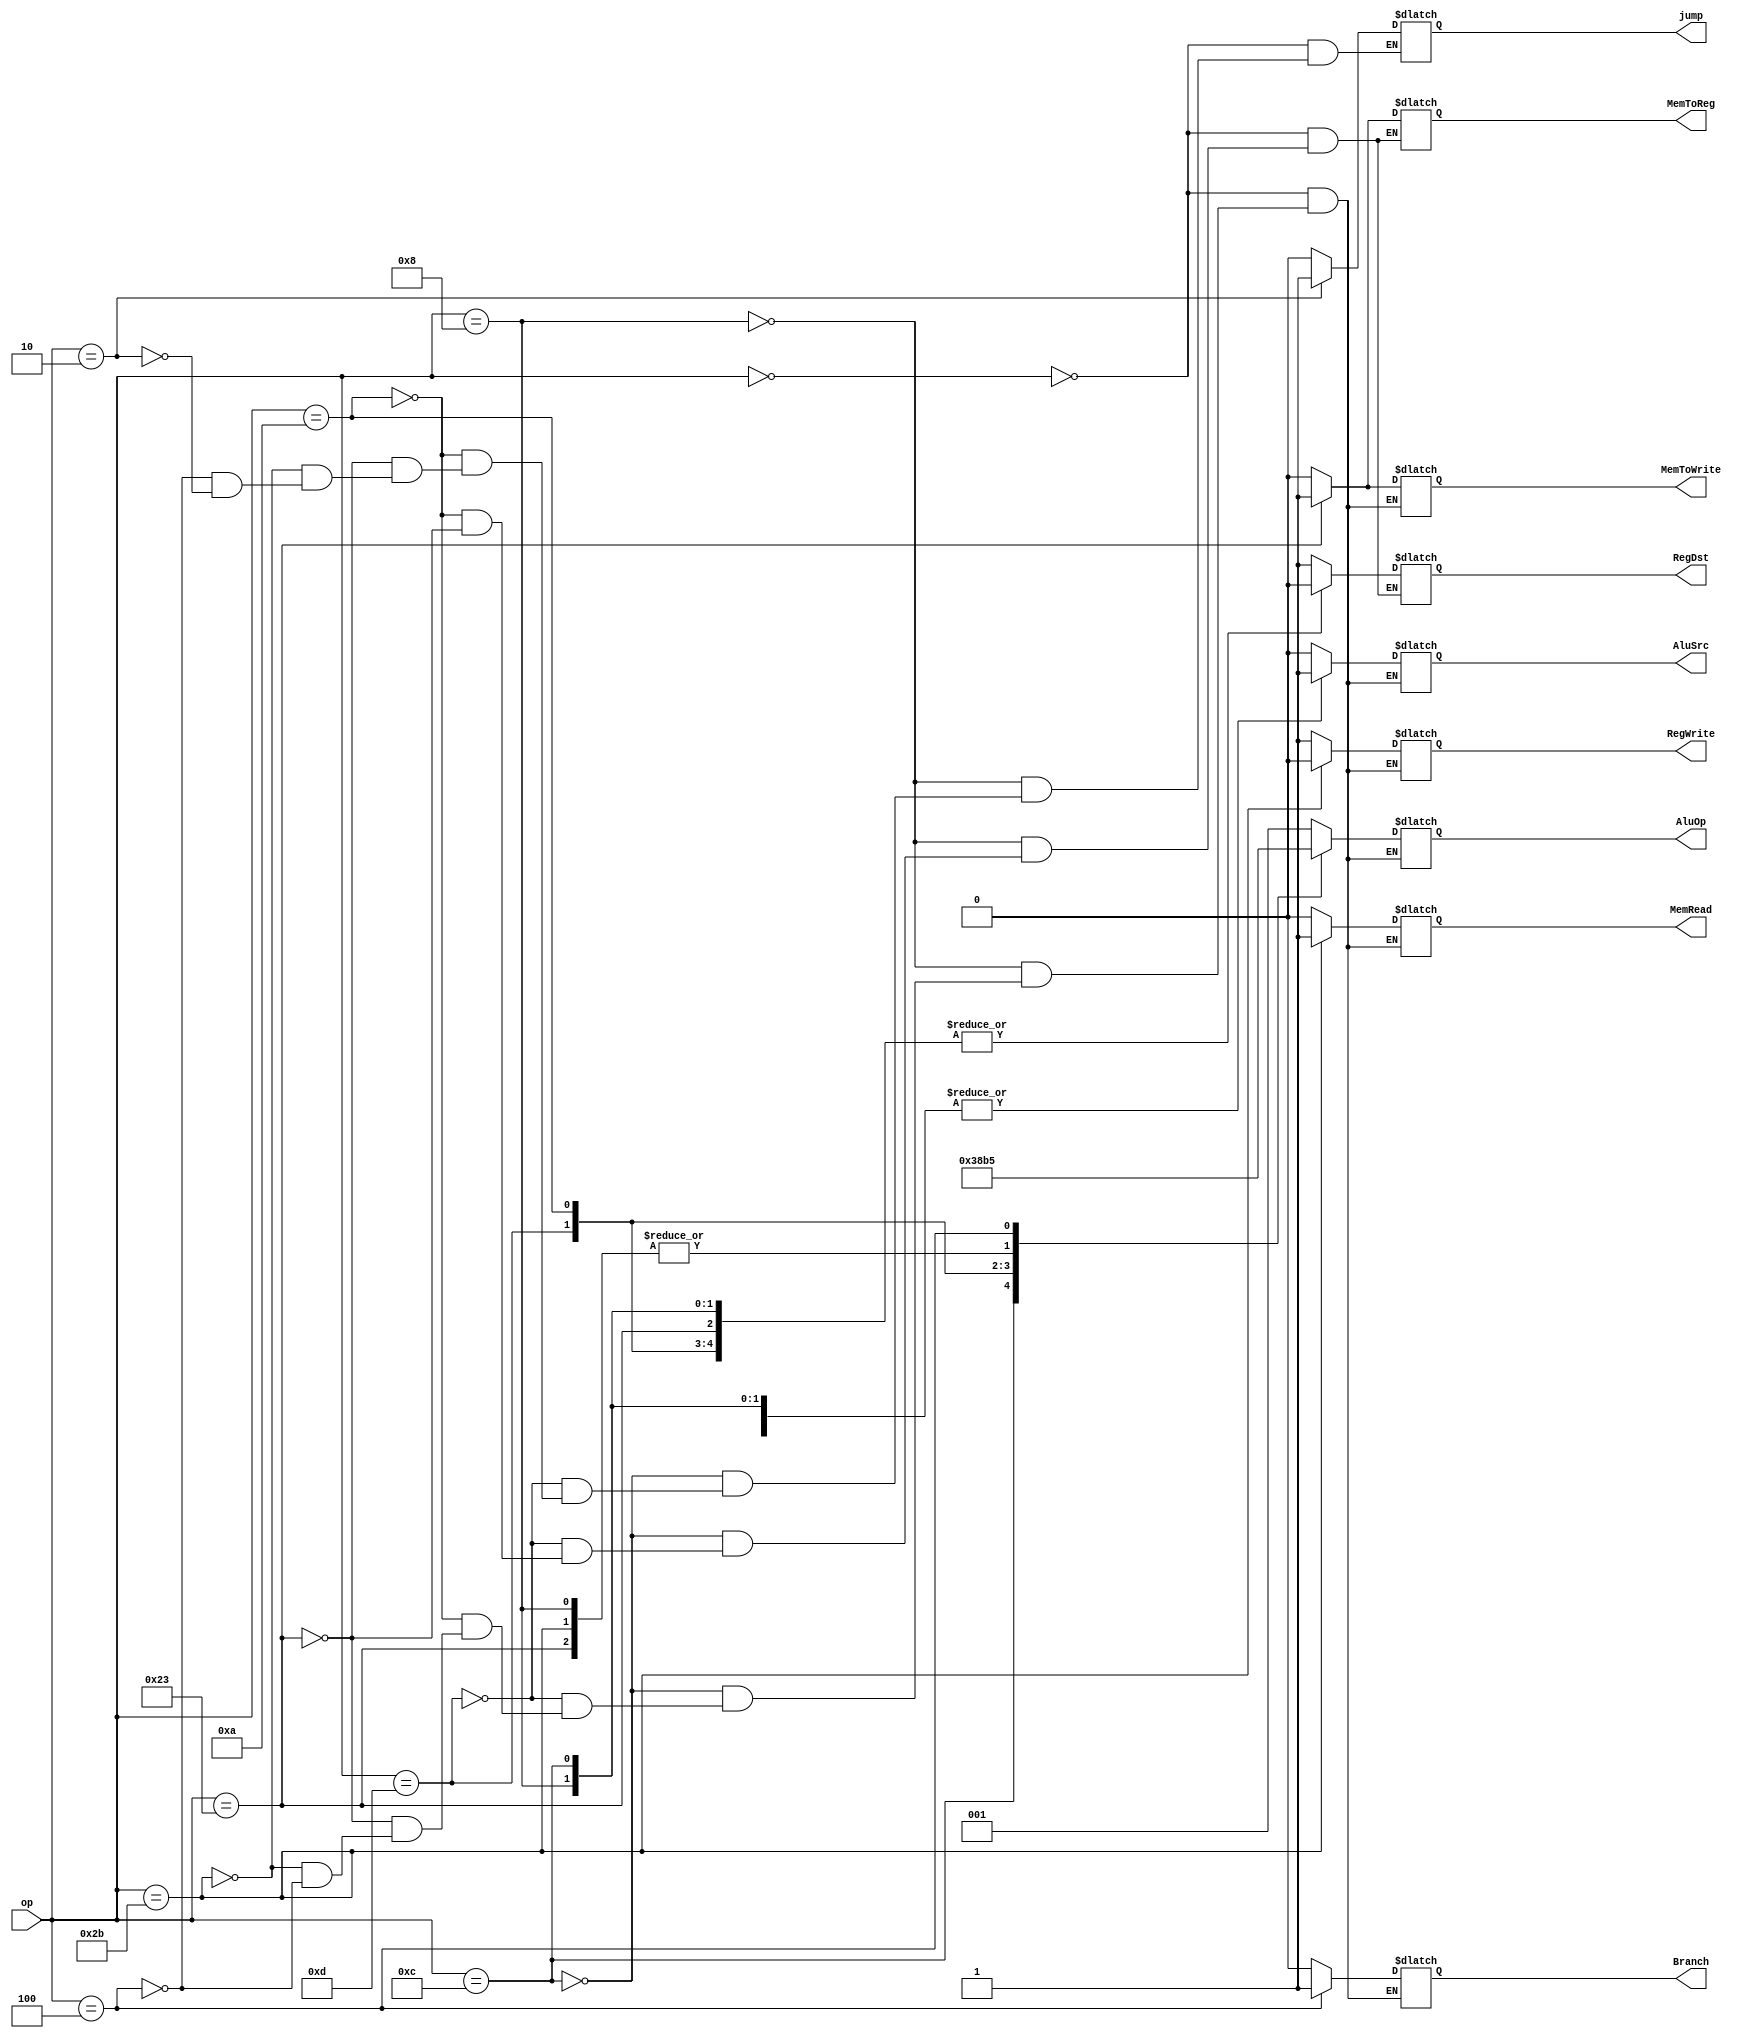
`timescale 1ns/1ns

module UnidadDeControl(
    input [5:0]op,
    output reg MemToReg,
    output reg jump,
    output reg MemToWrite,
    output reg [2:0]AluOp,
    output reg RegWrite,
    output reg RegDst,
    output reg Branch,
    output reg MemRead,
    output reg AluSrc
);

always @* 
begin
    case(op)
      //Instruccin de tipo R
      6'b000000:
      begin
        jump = 0;
        RegDst = 1;
        Branch = 0;
        MemRead = 0;
        MemToReg = 0;
        AluOp = 3'b001;
        MemToWrite = 0;
        AluSrc = 0;
        RegWrite = 1;
      end
      //Addi
      6'b001000:
      begin
        jump = 0;
        RegDst = 0;
        Branch = 0;
        MemRead = 0;
        MemToReg = 0;
        AluOp = 3'b110;
        MemToWrite = 0;
        AluSrc = 1;
        RegWrite = 1;
      end
      //Andi
      6'b001100:
      begin
        jump = 0;
        RegDst = 0;
        Branch = 0;
        MemRead = 0;
        MemToReg = 0;
        AluOp = 3'b011;
        MemToWrite = 0;
        AluSrc = 1;
        RegWrite = 1;
      end
      //Ori
      6'b001101:
      begin
        jump = 0;
        RegDst = 0;
        Branch = 0;
        MemRead = 0;
        MemToReg = 0;
        AluOp = 3'b100;
        MemToWrite = 0;
        AluSrc = 1;
        RegWrite = 1;
      end
      //Slti
      6'b001010:
      begin
        jump = 0;
        RegDst = 0;
        Branch = 0;
        MemRead = 0;
        MemToReg = 0;
        AluOp = 3'b010;
        MemToWrite = 0;
        AluSrc = 1;
        RegWrite = 1;
      end
      //lw
      6'b100011:
      begin
        jump = 0;
        RegDst = 0;
        Branch = 0;
        MemRead = 0;
        MemToReg = 1;
        AluOp = 3'b110;
        MemToWrite = 1;
        AluSrc = 1;
        RegWrite = 1;
      end
      //Sw
      6'b101011:
      begin
        jump = 0;
        //RegDst = 1'bx;
        Branch = 0;
        MemRead = 1;
        //MemToReg = 1'bx;
        AluOp = 3'b110;
        MemToWrite = 0;
        AluSrc = 1;
        RegWrite = 0;
      end
      //Beq
      6'b000100:
      begin
        jump = 0;
        //RegDst = 1'bx;
        Branch = 1;
        MemRead = 0;
        //MemToReg = 1'bx;
        AluOp = 3'b101;
        MemToWrite = 0;
        AluSrc = 0;
        RegWrite = 1;
      end
      //Jump
      6'b000010:
      begin
        jump = 1;
        //RegDst = 0;
        //Branch = 0;
        //MemRead = 0;
        //MemToReg = 0;
        //AluOp = 0;
        //MemToWrite = 0;
        //AluSrc = 0;
        //RegWrite = 0;
      end
    endcase
end

endmodule